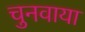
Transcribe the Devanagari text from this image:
चुनवाया